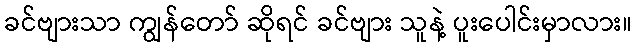
ခင်ဗျားသာ ကျွန်တော် ဆိုရင် ခင်ဗျား သူနဲ့ ပူးပေါင်းမှာလား။